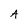
Character: A